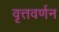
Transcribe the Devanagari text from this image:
वृत्तवर्णन